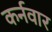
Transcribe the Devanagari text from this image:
कर्नवार